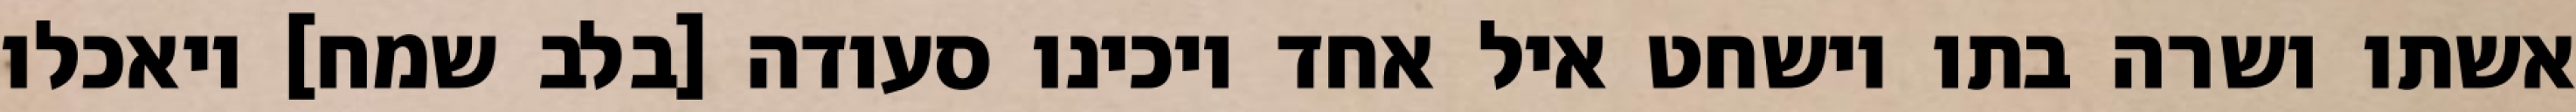
אשתו ושרה בתו וישחט איל אחד ויכינו סעודה [בלב שמח] ויאכלו